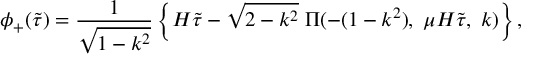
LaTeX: \phi _ { + } ( \tilde { \tau } ) = \frac { 1 } { \sqrt { 1 - k ^ { 2 } } } \left\{ H \tilde { \tau } - \sqrt { 2 - k ^ { 2 } } \; \Pi ( - ( 1 - k ^ { 2 } ) , \; \mu H \tilde { \tau } , \; k ) \right\} ,